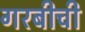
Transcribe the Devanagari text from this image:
गरबीची